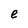
Character: e